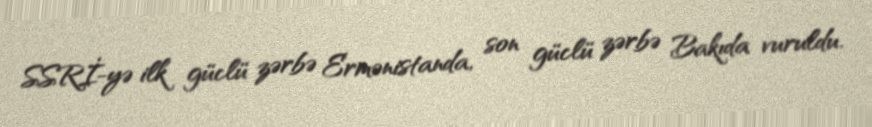
SSRİ-yə ilk güclü zərbə Ermənistanda, son güclü zərbə Bakıda vuruldu.